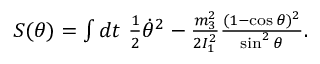
\begin{array} { r } { S ( \theta ) = \int d t ~ \frac 1 2 \dot { \theta } ^ { 2 } - \frac { m _ { 3 } ^ { 2 } } { 2 I _ { 1 } ^ { 2 } } \frac { ( 1 - \cos \theta ) ^ { 2 } } { \sin ^ { 2 } \theta } . } \end{array}